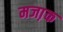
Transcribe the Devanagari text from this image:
मजा़क